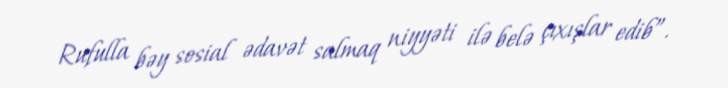
Rufulla bəy sosial ədavət salmaq niyyəti ilə belə çıxışlar edib”.